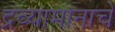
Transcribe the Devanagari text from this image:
द्रव्यामानाचे